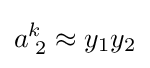
a_{\;2}^{k}\approx y_{1}y_{2}